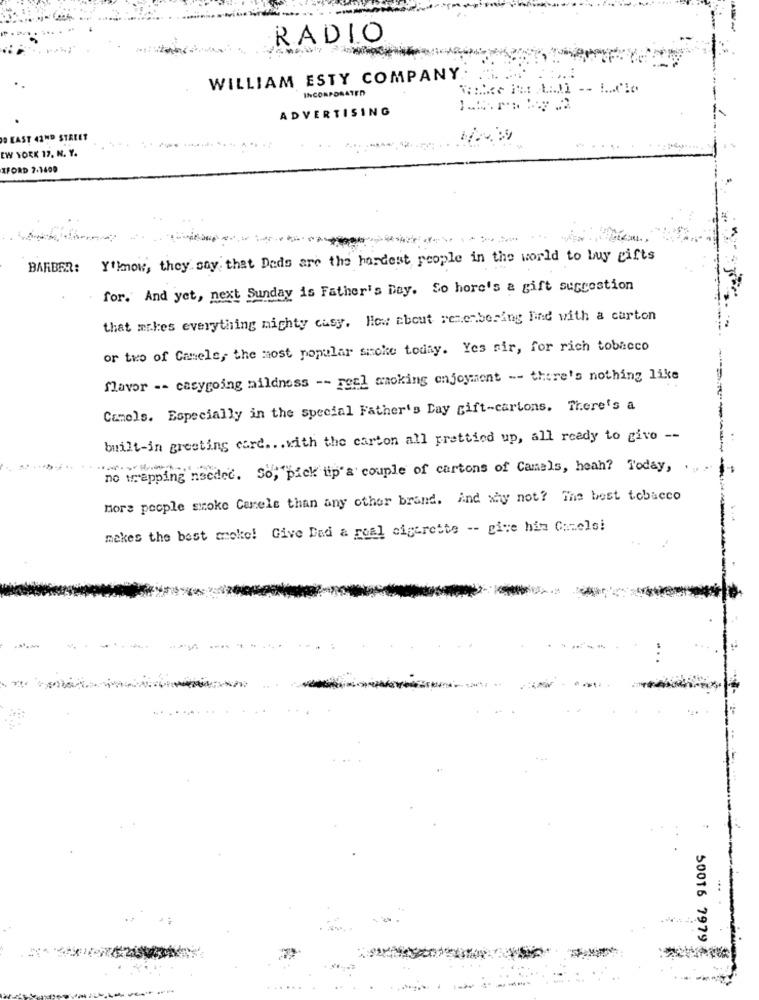
RADIO
WILLIAM ESTY COMPANY
INCORPORATED
ADVERTISING
O KAST 42ND STREET
EW YORK 17, N. Y.
XFORD 7-1499
BARBER: Y'know, they say that Deds are the hardest people in the world to buy gifts
for. And yet, next Sunday is Father's Day. So hore's a gift sucrestion
that makes everything mighty casy. How about remembering Find with a carton
or two of Camele, the most popular smoke today. Yes sir, for rich tobacco
flavor -- casygoing mildness -- real anoking enjoyment -- there's nothing like
Camels. Especially in the special Father's Day gift-cartons. There's a
built-in greeting card ... with the carton all prettied up, all ready to give --
no wrapping needed. So, pick up'a couple of cartons of Camels, heah? Today, ., .
mors people smoke Carele than any other brand. ind why not? The best tobacco
makes the best moke! Give Dad a goal cigarette -- give him Camels!
50016 7979